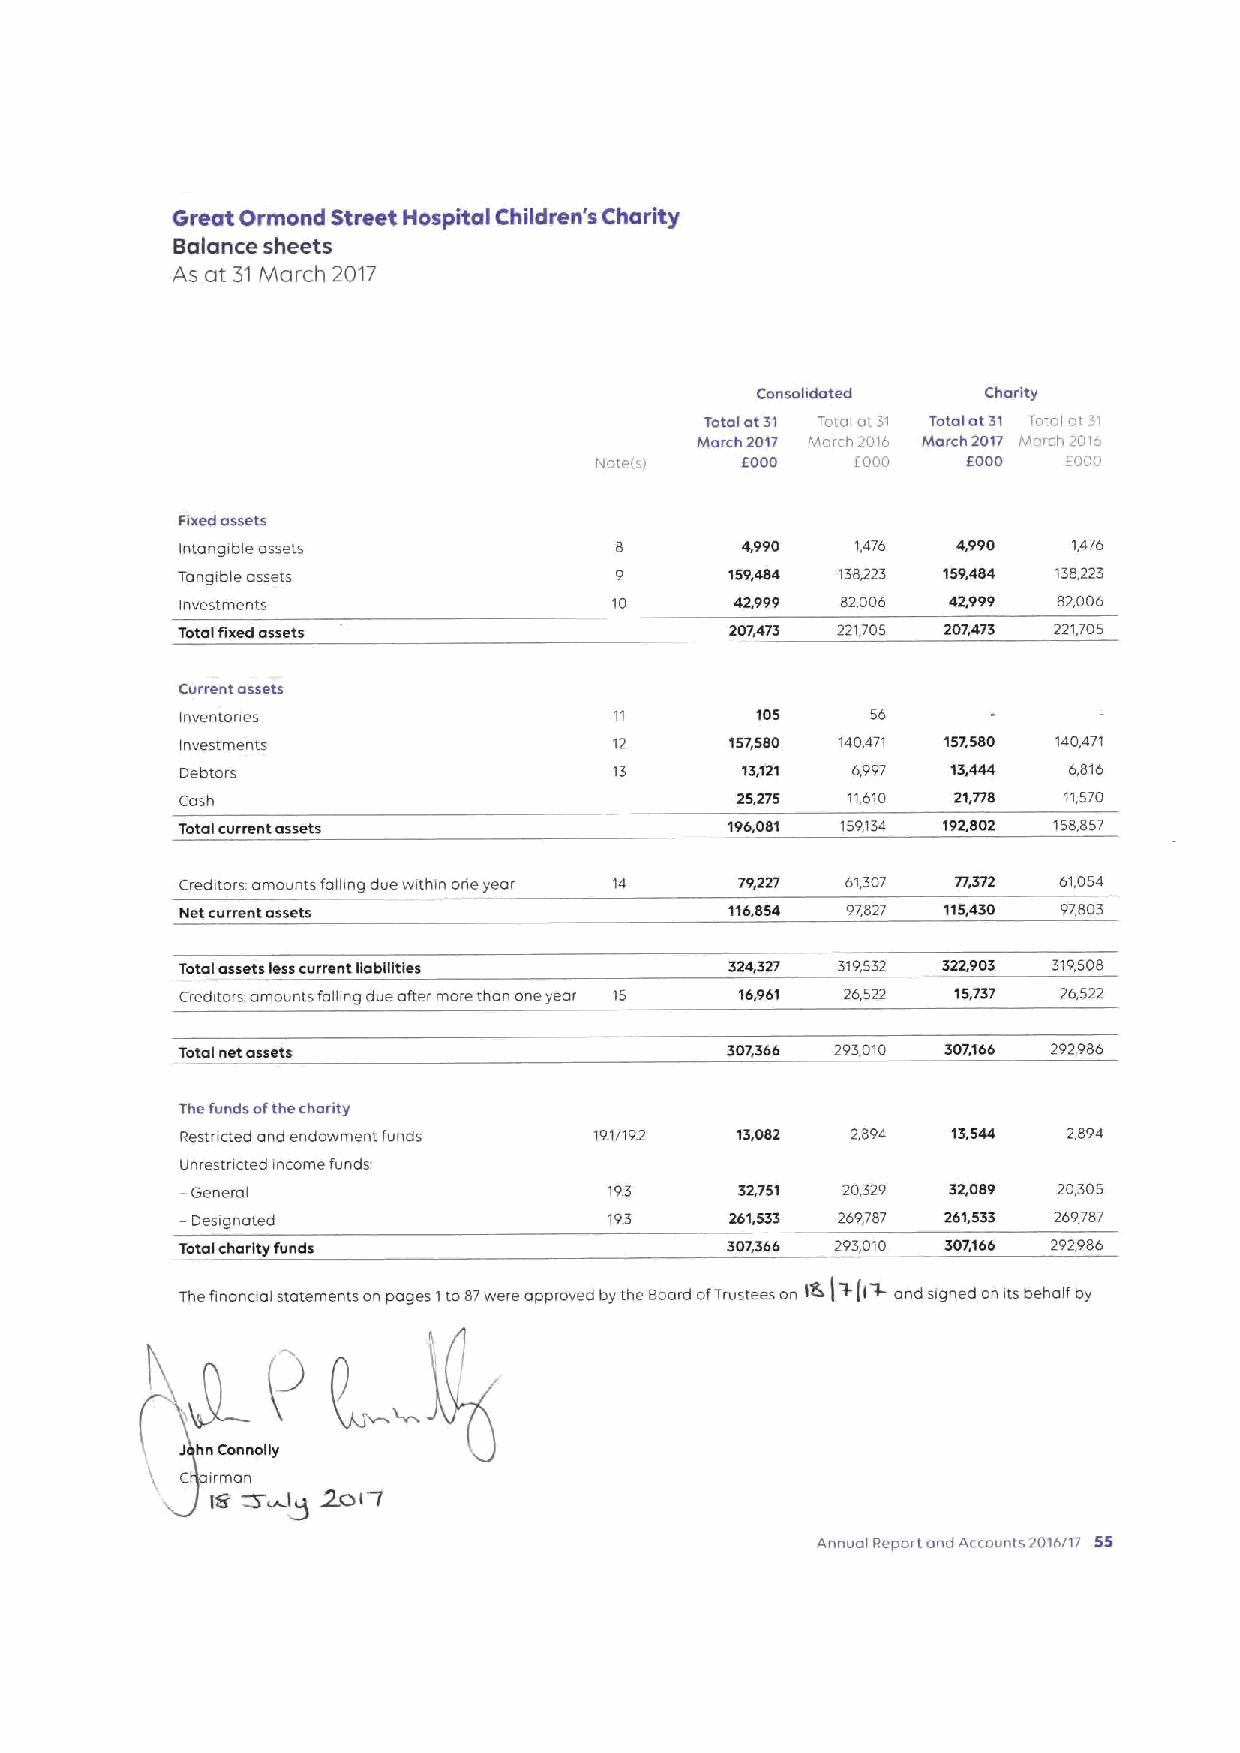
Great Ormond Street Hospital Children's Charity
 Balance sheets
 As at 31 March 2017
 Consolidated   Charity
 Total at31 Total oi31 Total at31 Total at ', I
 March 2017 March 20IO March 2017 March 7016
 Note(s/   EOOO    800u   EOOO   Eruaa
 Fixed assets
 Intangible assets                    4,990   1,476 4,990   1,476
 Tangible assets                     159,484 138,223 159,484 138,223
 Investments                  10      42,999 82,006 42999  82,006
 Totalfixed assets                   207473 221,705 207,473 221,705
 Current assets
 Inventones                            105     56
 Investments                  12     157,580 140,471 157,580 140,471
 Detitoi's                    13      13,121 6,997  13,444  6,816
 Cash                                 25,275 11,610 21,778 11,570
 Total current assets                196,081 159134 192,802 158,857
 Creditors amounts falhng due within orie year 14 79,227 61,307 61,054
 Netcurrentassets                    116,854 97,827 115,430 97,803
 Total assets lesscurrent liabilities 324,327 319,532 322,903 319,508
 Creditors amountsfallingdueaftermorethanoneyear 15 16,961 26,522 15,737 26,522
 Total net assets                    307366 293,010 307,166 292,986
 The funds ofthe charity
 Restncted and endowment funds 19.1/192 13,082 2,894 13,544 2,894
 Unrestncted income funds:
 —Genera                     193      32,751 20,329 32,089 20,305
 I
 —Designated                 193     261,533 269,787 261,533 269787
 Total charity funds                 307,366 293,010 307166 292986
 +(l~
 The finanaal statements on pages Ito87were approved by the Board ofIrustees on ISr ) and signed on its behalf by
 C irman  2ol-I
 IS W~l~
 Annual Report and Accounts 2016/17 55